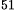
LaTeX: ^\textrm{\scriptsize 51}